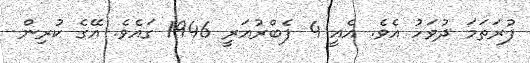
ފުރަތަމަ ދުވަހު އެވެ. އެއީ 4 ފެބްރުއަރީ 1946 ގައެވެ. އޭގެ ކުރިން